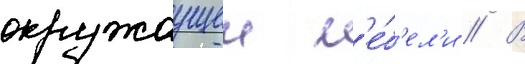
окружаущеи м'е́б'ел'и // В